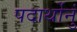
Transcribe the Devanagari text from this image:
पदार्थोनुं